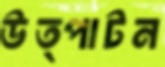
উত্পাটন